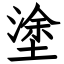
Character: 塗